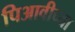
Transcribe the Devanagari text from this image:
पिआवीच्या